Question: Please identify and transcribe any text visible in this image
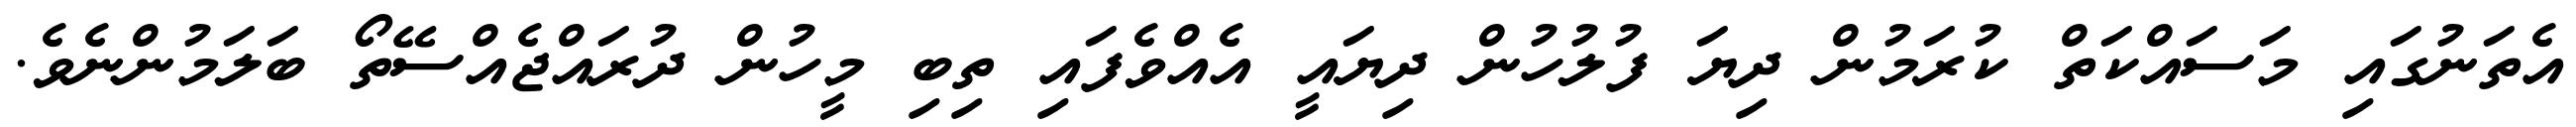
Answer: އެތަނުގައި މަސައްކަތް ކުރަމުން ދިޔަ ފުލުހުން ދިޔައީ އެއްވެފައި ތިބި މީހުން ދުރައްޖެއްސޭތޯ ބަލަމުންނެވެ.